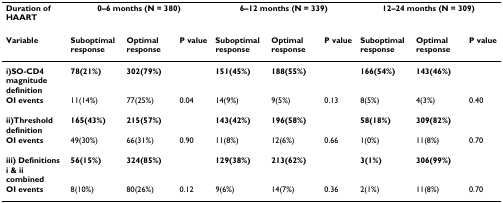
<table><thead><tr><td><b>Duration of HAART</b></td><td colspan="3"><b>0–6 months (N = 380)</b></td><td colspan="3"><b>6–12 months (N = 339)</b></td><td colspan="3"><b>12–24 months (N = 309)</b></td></tr></thead><tbody><tr><td><b>Variable</b></td><td><b>Suboptimal response</b></td><td><b>Optimal response</b></td><td><b>P value</b></td><td><b>Suboptimal response</b></td><td><b>Optimal response</b></td><td><b>P value</b></td><td><b>Suboptimal response</b></td><td><b>Optimal response</b></td><td><b>P value</b></td></tr><tr><td><b>i)SO-CD4 magnitude definition</b></td><td><b>78(21%)</b></td><td><b>302(79%)</b></td><td></td><td><b>151(45%)</b></td><td><b>188(55%)</b></td><td></td><td><b>166(54%)</b></td><td><b>143(46%)</b></td><td></td></tr><tr><td><b>OI events</b></td><td>11(14%)</td><td>77(25%)</td><td>0.04</td><td>14(9%)</td><td>9(5%)</td><td>0.13</td><td>8(5%)</td><td>4(3%)</td><td>0.40</td></tr><tr><td><b>ii)Threshold definition</b></td><td><b>165(43%)</b></td><td><b>215(57%)</b></td><td></td><td><b>143(42%)</b></td><td><b>196(58%)</b></td><td></td><td><b>58(18%)</b></td><td><b>309(82%)</b></td><td></td></tr><tr><td><b>OI events</b></td><td>49(30%)</td><td>66(31%)</td><td>0.90</td><td>11(8%)</td><td>12(6%)</td><td>0.66</td><td>1(0%)</td><td>11(8%)</td><td>0.70</td></tr><tr><td><b>iii) Definitions i &amp; ii combined</b></td><td><b>56(15%)</b></td><td><b>324(85%)</b></td><td></td><td><b>129(38%)</b></td><td><b>213(62%)</b></td><td></td><td><b>3(1%)</b></td><td><b>306(99%)</b></td><td></td></tr><tr><td><b>OI events</b></td><td>8(10%)</td><td>80(26%)</td><td>0.12</td><td>9(6%)</td><td>14(7%)</td><td>0.36</td><td>2(1%)</td><td>11(8%)</td><td>0.70</td></tr></tbody></table>